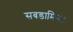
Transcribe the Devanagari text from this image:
सबडामिनंट